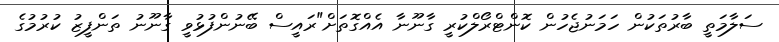
ސަލާމަތީ ބާރުތަކުން ހަމަނުޖެހުން ކޮންޓްރޯލްކުރީ ގާނޫނާ އެއްގޮތަށް"ރައީސް ބޭނުންފުޅުވީ ގާނޫނު ތަންފީޒު ކުރުމުގެ